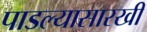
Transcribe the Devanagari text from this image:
पाडल्यासारखी